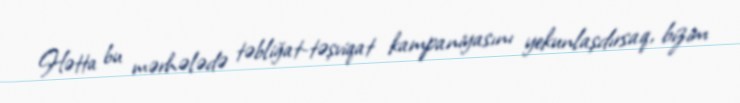
Hətta bu mərhələdə təbliğat-təşviqat kampaniyasını yekunlaşdırsaq, bizim